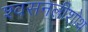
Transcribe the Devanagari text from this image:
श्वसनलीशोथ